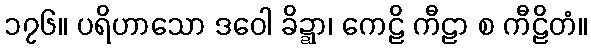
၁၇၆။ ပရိဟာသော ဒဝေါ ခိဍ္ဍာ၊ ကေဠိ ကီဠာ စ ကီဠိတံ။